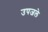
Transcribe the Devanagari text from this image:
उपजले